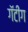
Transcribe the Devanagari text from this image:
गॅटींग